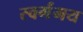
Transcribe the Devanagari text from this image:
स्वर्गंमय